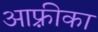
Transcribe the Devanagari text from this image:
आफ़्रीका